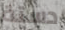
دستة